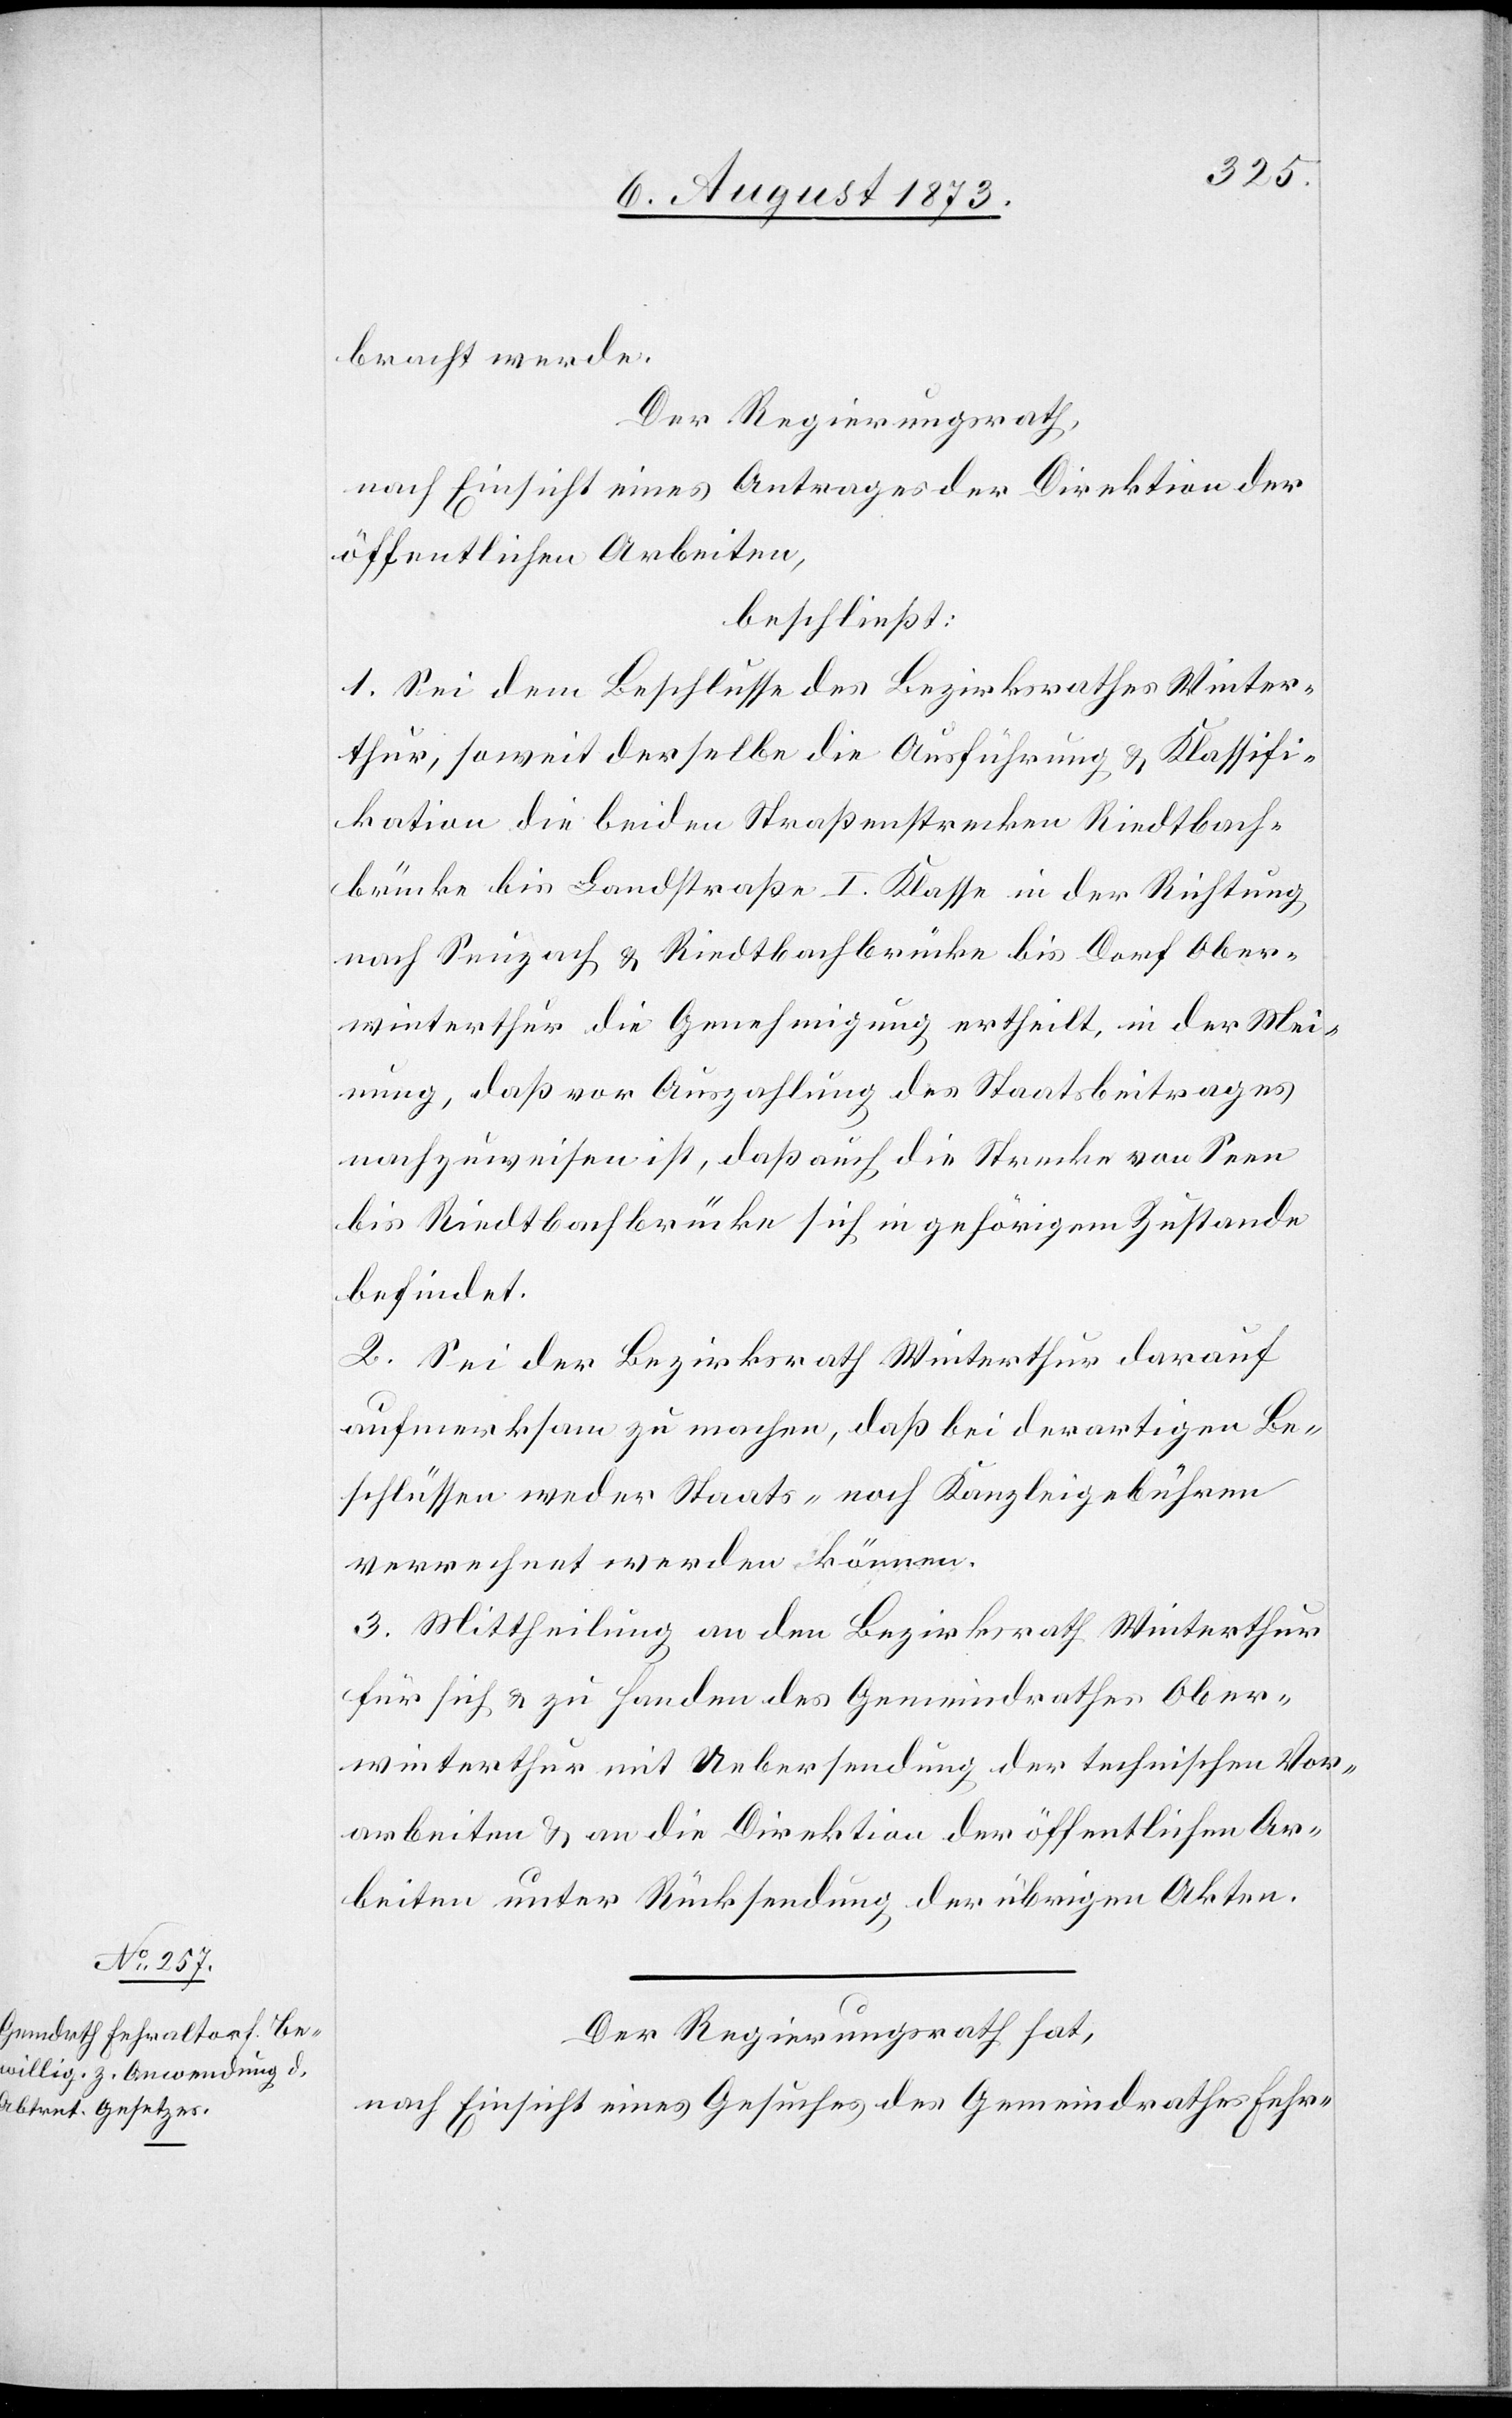
bracht werde
Der Regierungsrath,
nach Einsicht eines Antrages der Direktion der
öffentlichen Arbeiten,
beschließt:
1. Sei dem Beschlusse des Bezirksrathes Winter¬
thur, soweit derselbe die Ausführung & Klassifi¬
kation die beiden Straßenstrecken Riedtbach¬
brücke bis Landstraße I. Klasse in der Richtung
nach Seuzach & Riedtbachbrücke bis Dorf Ober¬
winterthur die Genehmigung ertheilt [sic!], in der Mei¬
nung, daß vor Auszahlung des Staatsbeitrages
nachzuweisen ist, daß auch die Strecke von Seen
bis Riedtbachbrücke sich in gehörigem Zustande
befindet.
2. Sei der Bezirksrath Winterthur darauf
aufmerksam zu machen, daß bei derartigen Be¬
schlüssen weder Staats- noch Kanzleigebühren
verrechnet werden können.
3. Mittheilung an den Bezirksrath Winterthur
für sich & zu Handen des Gemeindrathes Ober¬
winterthur mit Uebersendung der technischen Vor¬
arbeiten & an die Direktion der öffentlichen Ar¬
beiten unter Rücksendung der übrigen Akten.
Der Regierungsrath hat,
nach Einsicht eines Gesuches des Gemeindrathes Fehr-